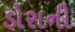
ડોરાની